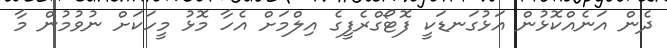
ދެން އަނެއްކޮޅުން އަޅުގަނޑަކީ ފޮޓޯގްރެފީގެ އިލްމަށް އެހާ މޮޅު މީހަކަށް ނުވުމުން މާ